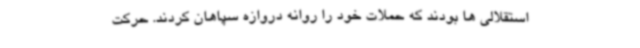
استقلالی ها بودند که حملات خود را روانه دروازه سپاهان کردند. حرکت